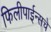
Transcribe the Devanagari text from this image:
फिलीपाईन्सचे